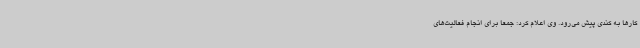
کارها به کندی پیش می‌رود. وی اعلام کرد: جمعا برای انجام فعالیت‌های